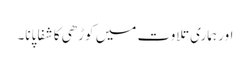
اور ہماری تلاوت میں کوڑھی کا شفا پانا۔